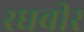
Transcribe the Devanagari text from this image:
रघबीर